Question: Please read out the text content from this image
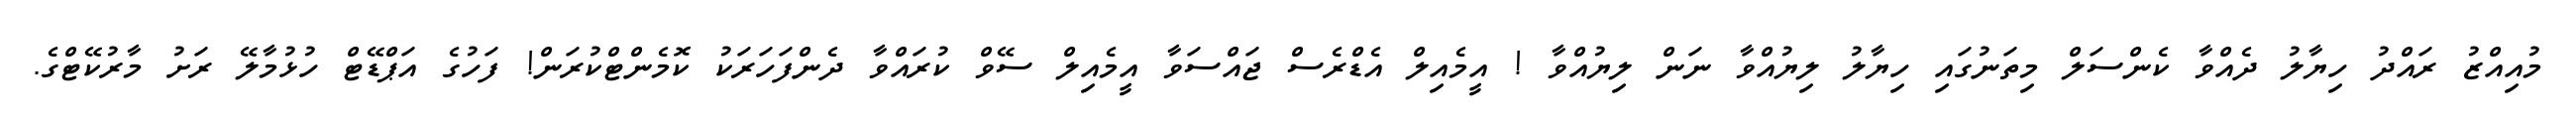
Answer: މުއިއްޒު ރައްދު ހިޔާލު ދެއްވާ ކެންސަލް މިތަނުގައި ހިޔާލު ލިޔުއްވާ ނަން ލިޔުއްވާ ! އީމެއިލް އެޑްރެސް ޖައްސަވާ އީމެއިލް ސޭވް ކުރައްވާ ދެންފަހަރަކު ކޮމެންޓްކުރަން! ފަހުގެ އަޕްޑޭޓް ހުޅުމާލޭ ރަށު މާރުކޭޓްގެ.